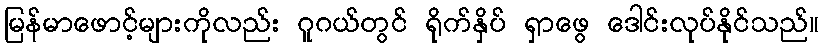
မြန်မာဖောင့်များကိုလည်း ဂူဂယ်တွင် ရိုက်နှိပ် ရှာဖွေ ဒေါင်းလုပ်နိုင်သည်။